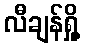
လီချန်ရှို့